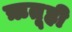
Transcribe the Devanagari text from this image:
ऋतूही